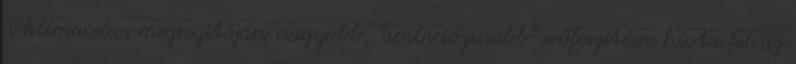
a klímacsúcs megnyitóján nagyobb, "ambiciózusabb" erőfeszítésre hívta fel az